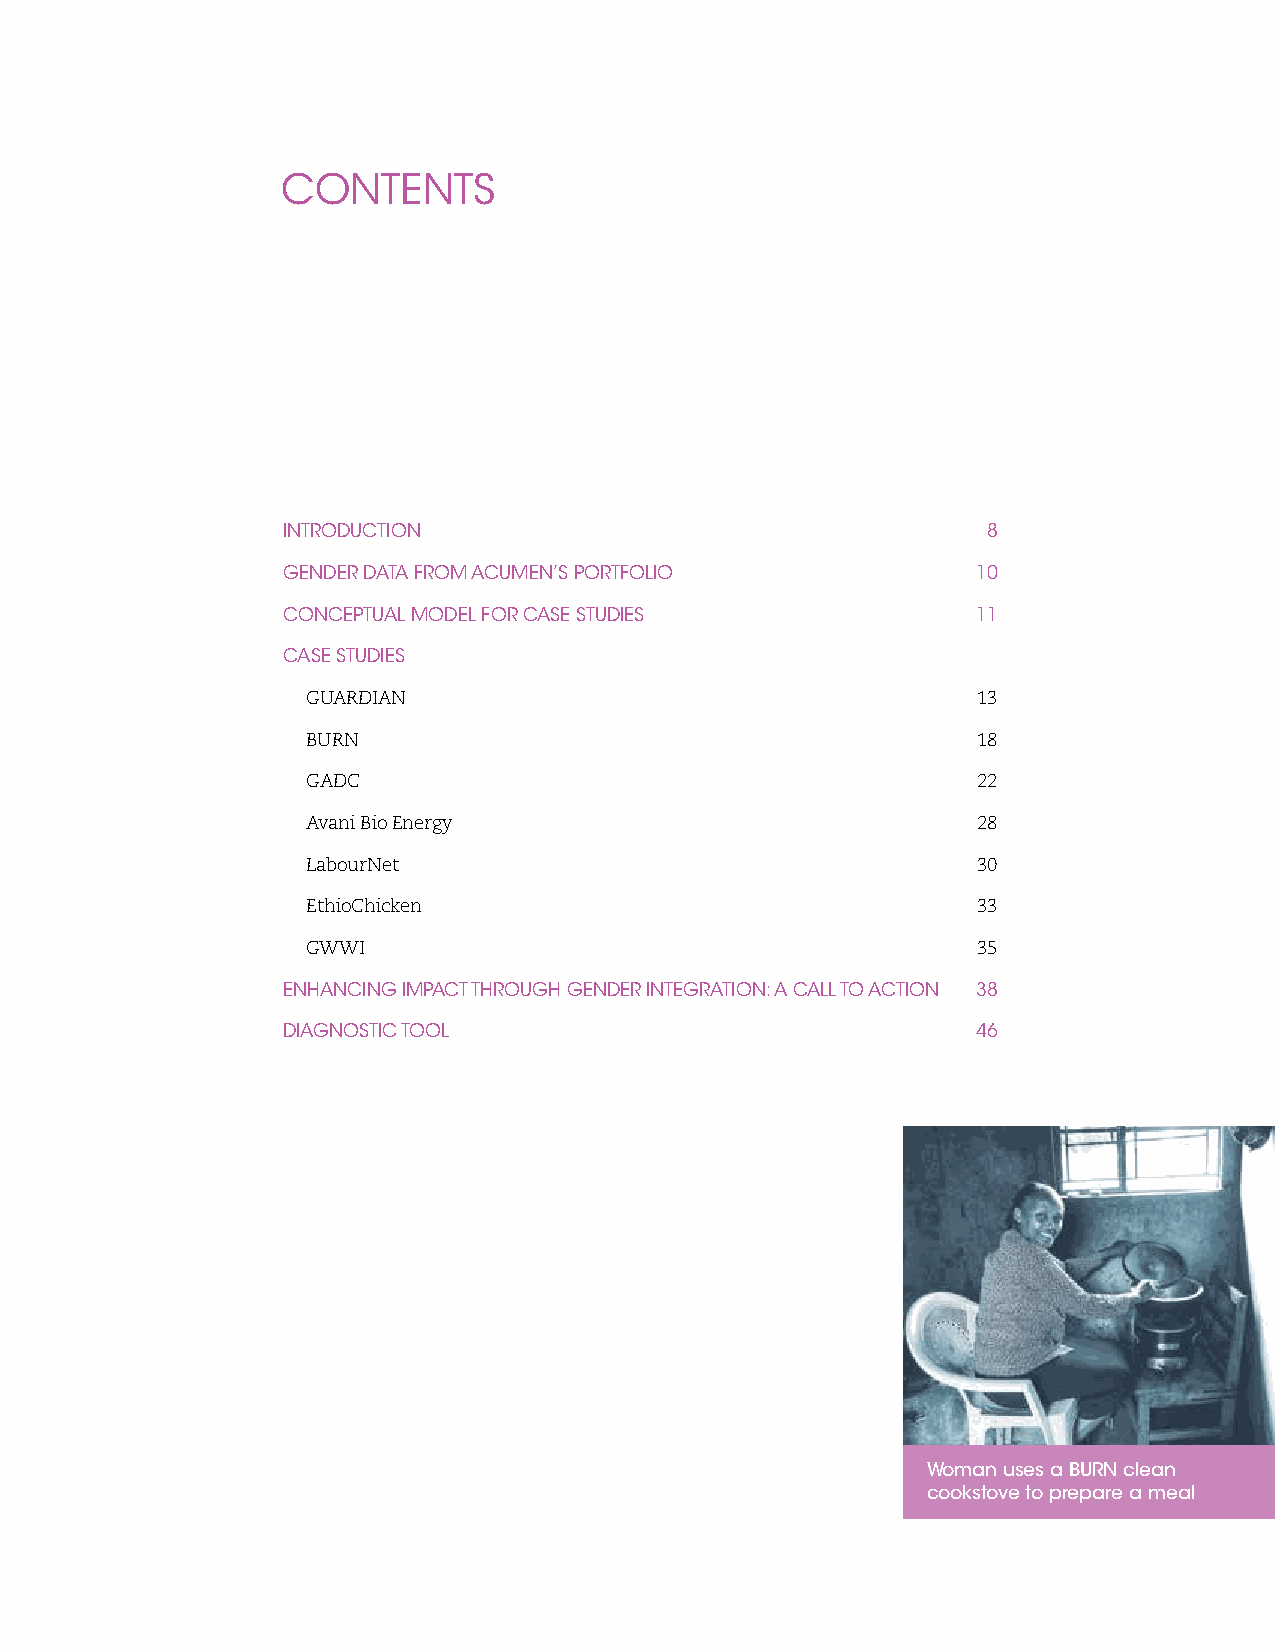
CONTENTS
 INTRODUCTION                                  8
 GENDER DATA FROM ACUMEN’S PORTFOLIO           10
 CONCEPTUAL MODEL FOR CASE STUDIES             11
 CASE STUDIES
 GUARDIAN                                     13
 BURN                                         18
 GADC                                         22
 Avani Bio Energy                             28
 LabourNet                                    30
 EthioChicken                                 33
 GWWI                                         35
 ENHANCING IMPACT THROUGH GENDER INTEGRATION: A CALL TO ACTION 38
 DIAGNOSTIC TOOL                               46
 Woman uses a BURN clean
 cookstove to prepare a meal